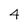
Character: 4